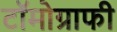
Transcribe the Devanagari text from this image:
टॉमोग्राफी